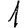
Digit: 1